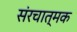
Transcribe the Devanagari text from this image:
संरचात्मक